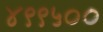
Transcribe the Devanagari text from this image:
४९९५००